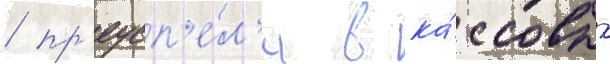
/ пр'еусп'е́л'и в ка́ссовых